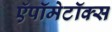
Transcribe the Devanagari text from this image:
ऍपॉमेटॉक्स